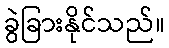
ခွဲခြားနိုင်သည်။